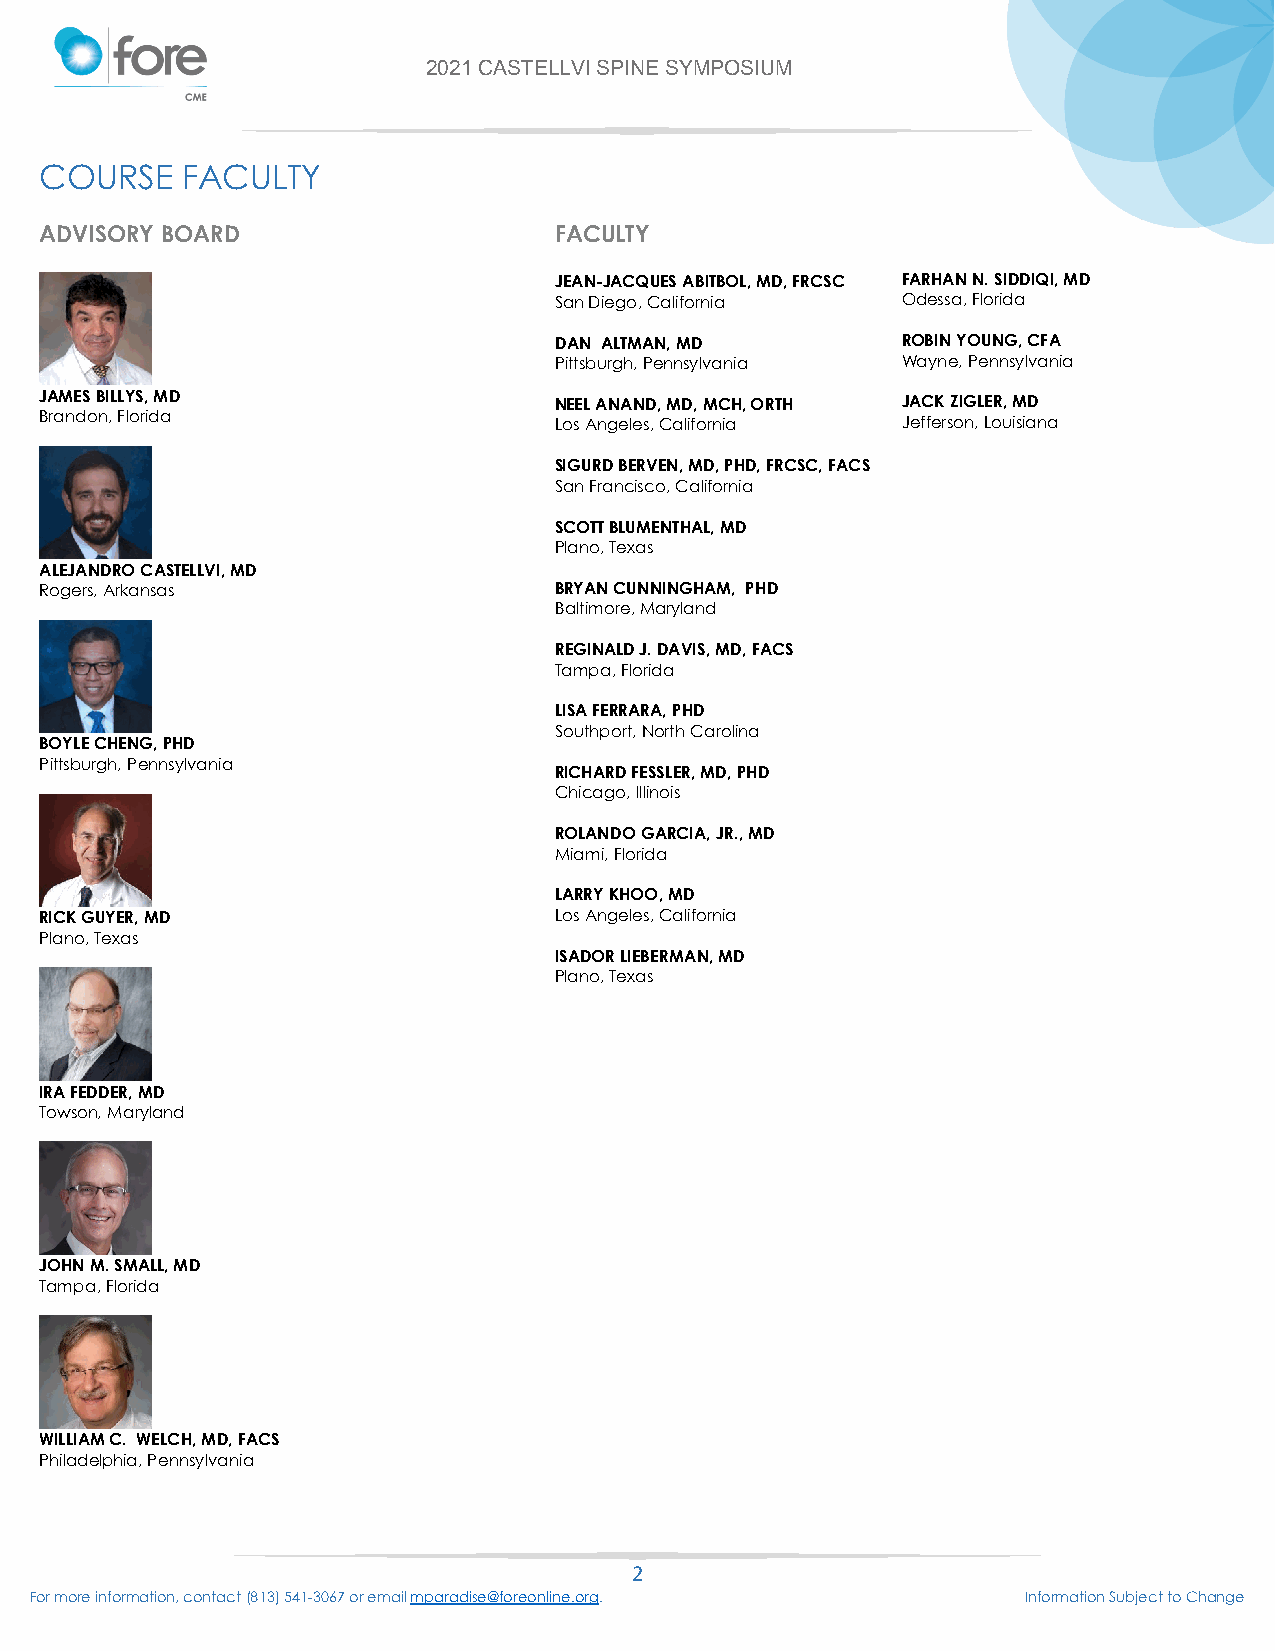
2021 CASTELLVI SPINE SYMPOSIUM
 COURSE   FACULTY
 ADVISORY BOARD                    FACULTY
 JEAN-JACQUES ABITBOL, MD, FRCSC FARHAN N. SIDDIQI, MD
 San Diego, California  Odessa, Florida
 DAN ALTMAN, MD         ROBIN YOUNG, CFA
 Pittsburgh, Pennsylvania Wayne, Pennsylvania
 JAMES BILLYS, MD                  NEEL ANAND, MD, MCH, ORTH JACK ZIGLER, MD
 Brandon, Florida                  Los Angeles, California Jefferson, Louisiana
 SIGURD BERVEN, MD, PHD, FRCSC, FACS
 San Francisco, California
 SCOTT BLUMENTHAL, MD
 Plano, Texas
 ALEJANDRO CASTELLVI, MD
 Rogers, Arkansas                  BRYAN CUNNINGHAM, PHD
 Baltimore, Maryland
 REGINALD J. DAVIS, MD, FACS
 Tampa, Florida
 LISA FERRARA, PHD
 Southport, North Carolina
 BOYLE CHENG, PHD
 Pittsburgh, Pennsylvania
 RICHARD FESSLER, MD, PHD
 Chicago, Illinois
 ROLANDO GARCIA, JR., MD
 Miami, Florida
 LARRY KHOO, MD
 RICK GUYER, MD                    Los Angeles, California
 Plano, Texas
 ISADOR LIEBERMAN, MD
 Plano, Texas
 IRA FEDDER, MD
 Towson, Maryland
 JOHN M. SMALL, MD
 Tampa, Florida
 WILLIAM C. WELCH, MD, FACS
 Philadelphia, Pennsylvania
 2
 For more information, contact (813) 541-3067 or email mparadise@foreonline.org. Information Subject to Change